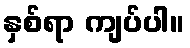
နှစ်ရာ ကျပ်ပါ။